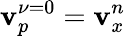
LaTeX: \mathbf{v}_{p}^{\nu=0}=\mathbf{v}_{x}^{n}